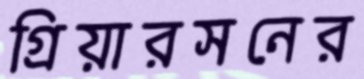
গ্রিয়ারসনের